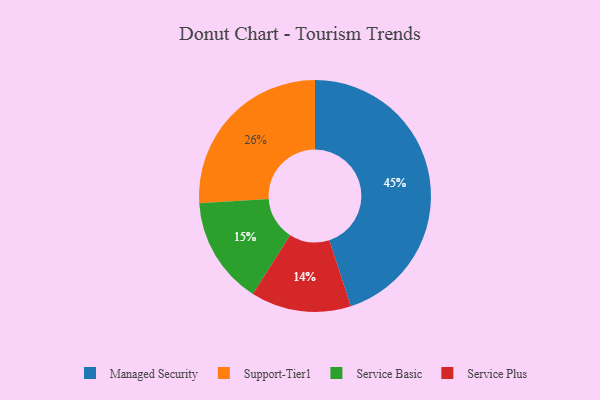
{"axis": {"x": "Category", "y": "Percentage"}, "legend": ["Managed Security", "Service Basic", "Service Plus", "Support-Tier1"], "data": [{"x": "Managed Security", "y": 45, "type": "Managed Security"}, {"x": "Service Plus", "y": 14, "type": "Service Plus"}, {"x": "Service Basic", "y": 15, "type": "Service Basic"}, {"x": "Support-Tier1", "y": 26, "type": "Support-Tier1"}]}